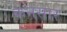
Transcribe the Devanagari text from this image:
कनसार